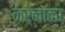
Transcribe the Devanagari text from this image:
नर्नाळा